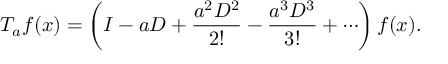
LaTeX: T _ { a } f ( x ) = \left( I - a D + { \frac { a ^ { 2 } D ^ { 2 } } { 2 ! } } - { \frac { a ^ { 3 } D ^ { 3 } } { 3 ! } } + \cdots \right) f ( x ) .